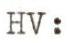
HV :